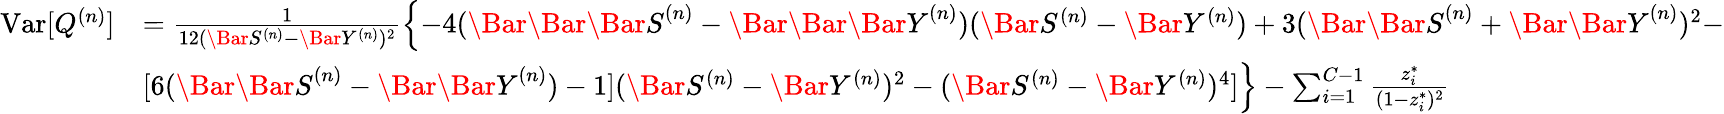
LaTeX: \begin{array}{rl}{\mathrm{Var}[Q^{(n)}]}&{=\frac{1}{12(\Bar{S}^{(n)}-\Bar{Y}^{(n)})^{2}}\left\{ -4(\Bar{\Bar{\Bar{S}}}^{(n)}-\Bar{\Bar{\Bar{Y}}}^{(n)})(\Bar{S}^{(n)}-\Bar{Y}^{(n)})+3(\Bar{\Bar{S}}^{(n)}+\Bar{\Bar{Y}}^{(n)})^{2}\right.-}\\ &{\left.[6({\Bar{\Bar{S}}}^{(n)}-{\Bar{\Bar{Y}}}^{(n)})-1](\Bar{S}^{(n)}-\Bar{Y}^{(n)})^{2}-(\Bar{S}^{(n)}-\Bar{Y}^{(n)})^{4}]\right\} -\sum_{i=1}^{C-1}\frac{z_{i}^{*}}{(1-z_{i}^{*})^{2}}}\end{array}